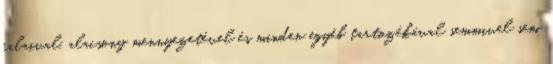
falaival, alacsony mennyezetével és minden egyéb tartozékával semmivel sem